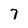
Character: 7